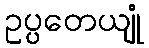
ဥပ္ပတေယျုံ